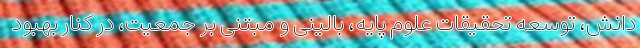
دانش، توسعه تحقیقات علوم پایه، بالینی و مبتنی بر جمعیت، در کنار بهبود